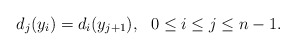
\begin{align*} d_j(y_i)= d_{i}(y_{j+1}), \ \ 0 \leq i \leq j \leq {n-1}.\end{align*}